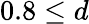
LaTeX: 0.8\leq d